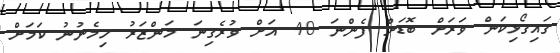
ގައިގޯޅިކަން ވަރަށް ބޮޑަށް ފެންނަ 40 އަށް ވުރެގިނަ މަންޒަރު ހިމެނުނު ކަމަށް